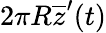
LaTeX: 2\pi R\overline{{z}}^{\prime}(t)